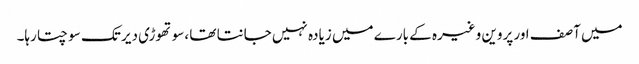
میں آصف اور پروین وغیرہ کے بارے میں زیادہ نہیں جانتا تھا ،سوتھوڑی دیر تک سوچتا رہا۔